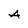
Character: A